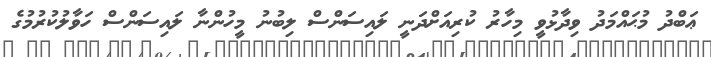
ޢަބްދު މުޙައްމަދު ވިދާޅުވީ މިހާރު ކުރިއަށްދަނީ ލައިސަންސް ލިބުނު މީހުންނާ ލައިސަންސް ހަވާލުކުރުމުގެ